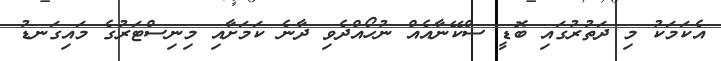
އެކަމަކު މި ދަތުރުގައި ބޮޑީ ސްކޭނާއެއް ނުހޯއްދެވި ދާނެ ކަމަށާއި މިނިސްޓަރުގެ މައިގަނޑު